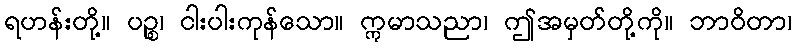
ရဟန်းတို့။ ပဉ္စ၊ ငါးပါးကုန်သော။ ဣမာသညာ၊ ဤအမှတ်တို့ကို။ ဘာဝိတာ၊